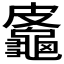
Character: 𪚷